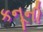
કનૂની